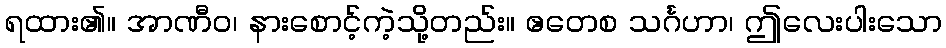
ရထား၏။ အာဏီဝ၊ နားစောင့်ကဲ့သို့တည်း။ ဧတေစ သင်္ဂဟာ၊ ဤလေးပါးသော